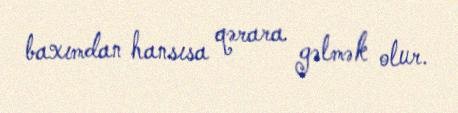
baxımdan hansısa qərara gəlmək olur.